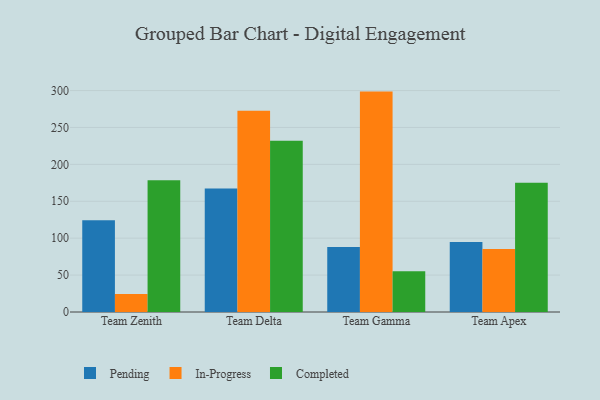
{"axis": {"x": "Team", "y": "Tickets Resolved"}, "legend": ["Completed", "In-Progress", "Pending"], "data": [{"x": "Team Zenith", "y": 124.3, "type": "Pending"}, {"x": "Team Zenith", "y": 24.4, "type": "In-Progress"}, {"x": "Team Zenith", "y": 178.4, "type": "Completed"}, {"x": "Team Delta", "y": 167.3, "type": "Pending"}, {"x": "Team Delta", "y": 272.7, "type": "In-Progress"}, {"x": "Team Delta", "y": 232.0, "type": "Completed"}, {"x": "Team Gamma", "y": 88.1, "type": "Pending"}, {"x": "Team Gamma", "y": 298.6, "type": "In-Progress"}, {"x": "Team Gamma", "y": 55.1, "type": "Completed"}, {"x": "Team Apex", "y": 95.0, "type": "Pending"}, {"x": "Team Apex", "y": 85.5, "type": "In-Progress"}, {"x": "Team Apex", "y": 175.2, "type": "Completed"}]}